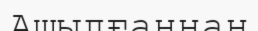
Ашылғаннан